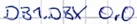
Text: DB1.DBX 0.0